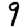
Digit: 9